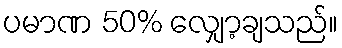
ပမာဏ 50% လျှော့ချသည်။